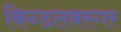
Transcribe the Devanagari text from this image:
किन्डलबरगर